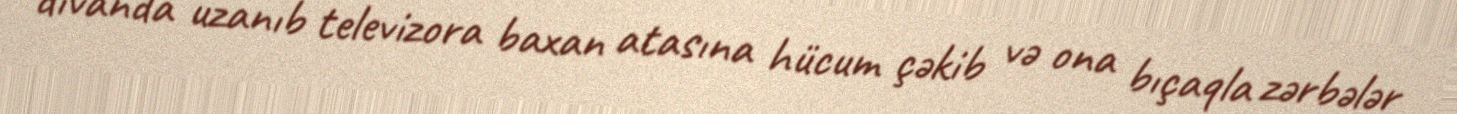
divanda uzanıb televizora baxan atasına hücum çəkib və ona bıçaqla zərbələr